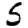
Digit: 5